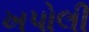
ખપોલી